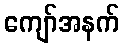
ကျော်အနက်